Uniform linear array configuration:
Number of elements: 64
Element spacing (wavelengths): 0.25
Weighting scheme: exponential
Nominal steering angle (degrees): -15
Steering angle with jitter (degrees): -13.506
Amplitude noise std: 0.05
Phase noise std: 0.05

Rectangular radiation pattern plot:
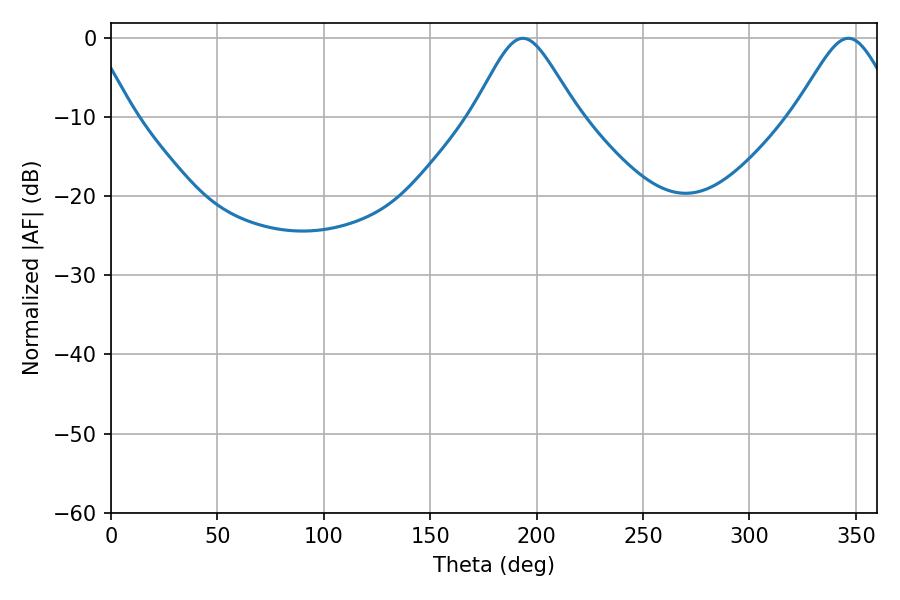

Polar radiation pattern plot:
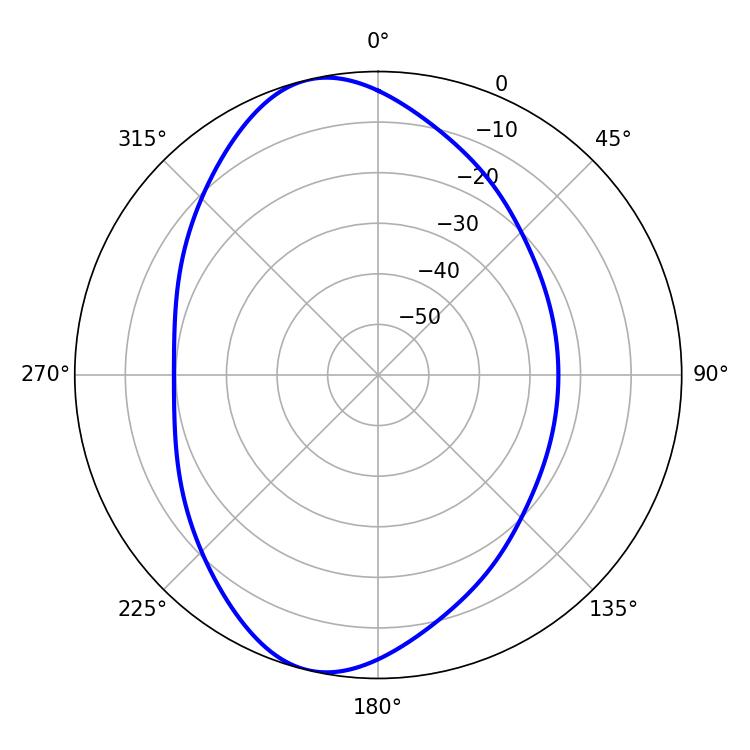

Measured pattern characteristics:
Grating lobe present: FALSE
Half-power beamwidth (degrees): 23.94
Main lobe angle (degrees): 193.5